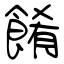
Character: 餚